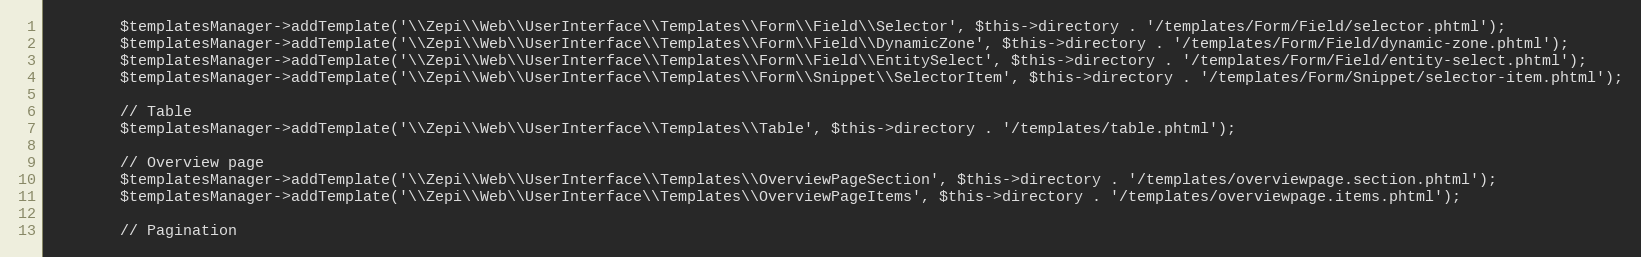
Language: PHP
        $templatesManager->addTemplate('\\Zepi\\Web\\UserInterface\\Templates\\Form\\Field\\Selector', $this->directory . '/templates/Form/Field/selector.phtml');
        $templatesManager->addTemplate('\\Zepi\\Web\\UserInterface\\Templates\\Form\\Field\\DynamicZone', $this->directory . '/templates/Form/Field/dynamic-zone.phtml');
        $templatesManager->addTemplate('\\Zepi\\Web\\UserInterface\\Templates\\Form\\Field\\EntitySelect', $this->directory . '/templates/Form/Field/entity-select.phtml');
        $templatesManager->addTemplate('\\Zepi\\Web\\UserInterface\\Templates\\Form\\Snippet\\SelectorItem', $this->directory . '/templates/Form/Snippet/selector-item.phtml');

        // Table
        $templatesManager->addTemplate('\\Zepi\\Web\\UserInterface\\Templates\\Table', $this->directory . '/templates/table.phtml');

        // Overview page
        $templatesManager->addTemplate('\\Zepi\\Web\\UserInterface\\Templates\\OverviewPageSection', $this->directory . '/templates/overviewpage.section.phtml');
        $templatesManager->addTemplate('\\Zepi\\Web\\UserInterface\\Templates\\OverviewPageItems', $this->directory . '/templates/overviewpage.items.phtml');

        // Pagination